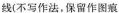
线(不写作法，保留作图痕